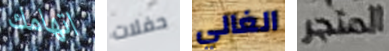
اتهامك حفلات الغالي المتجر